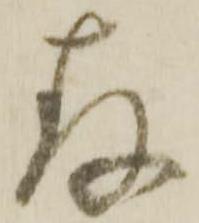
存